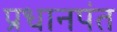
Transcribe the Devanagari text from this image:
प्रधानपंत